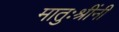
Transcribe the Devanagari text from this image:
मातुःश्रींनी